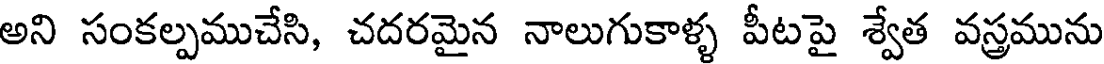
అని సంకల్పముచేసి, చదరమైన నాలుగుకాళ్ళ పీటపై శ్వేత వస్త్రమును